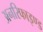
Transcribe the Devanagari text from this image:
अनरिफाइण्ड